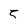
Character: 5